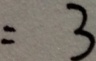
= 3